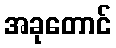
အခုတောင်